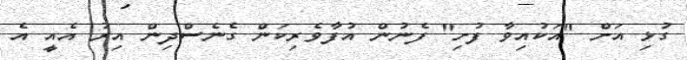
ގުޅި އަށް "އަކުއިވާ ފުށި" ފެނުން އުފާވެރިކަން ގެނެސްދިން އިރު އެއީ އެ